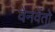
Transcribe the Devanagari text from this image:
वेनवेंतो